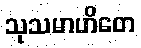
သုသမာဟိတေ